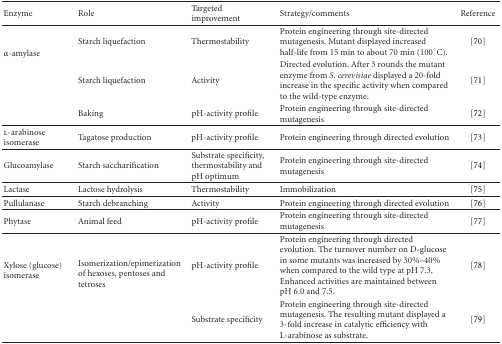
<table><thead><tr><td><b>Enzyme</b></td><td><b>Role</b></td><td><b>Targeted improvement</b></td><td><b>Strategy/comments</b></td><td><b>Reference</b></td></tr></thead><tbody><tr><td rowspan="3"><i>α</i>-amylase</td><td>Starch liquefaction</td><td>Thermostability</td><td>Protein engineering through site-directed mutagenesis. Mutant displayed increased half-life from 15 min to about 70 min (100°C).</td><td> [70]</td></tr><tr><td>Starch liquefaction</td><td>Activity</td><td>Directed evolution. After 3 rounds the mutant enzyme from <i>S. cerevisiae</i> displayed a 20-fold increase in the specific activity when compared to the wild-type enzyme.</td><td>[71]</td></tr><tr><td>Baking</td><td>pH-activity profile</td><td>Protein engineering through site-directed mutagenesis</td><td> [72] </td></tr><tr><td>l-arabinose isomerase</td><td>Tagatose production</td><td>pH-activity profile</td><td>Protein engineering through directed evolution</td><td>[73] </td></tr><tr><td>Glucoamylase</td><td>Starch saccharification</td><td>Substrate specificity, thermostability and pH optimum</td><td>Protein engineering through site-directed mutagenesis</td><td> [74] </td></tr><tr><td>Lactase</td><td>Lactose hydrolysis</td><td>Thermostability</td><td>Immobilization</td><td> [75] </td></tr><tr><td>Pullulanase</td><td>Starch debranching</td><td>Activity</td><td>Protein engineering through directed evolution</td><td>[76] </td></tr><tr><td>Phytase</td><td>Animal feed</td><td>pH-activity profile</td><td>Protein engineering through site-directed mutagenesis</td><td> [77] </td></tr><tr><td rowspan="2">Xylose (glucose) isomerase</td><td rowspan="2">Isomerization/epimerization of hexoses, pentoses and tetroses</td><td>pH-activity profile</td><td>Protein engineering through directed evolution. The turnover number on D-glucose in some mutants was increased by 30%–40% when compared to the wild type at pH 7.3. Enhanced activities are maintained between pH 6.0 and 7.5.</td><td> [78]</td></tr><tr><td>Substrate specificity</td><td>Protein engineering through site-directed mutagenesis. The resulting mutant displayed a 3-fold increase in catalytic efficiency with L-arabinose as substrate.</td><td> [79]</td></tr></tbody></table>